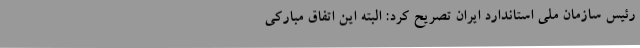
رئیس سازمان ملی استاندارد ایران تصریح کرد: البته این اتفاق مبارکی